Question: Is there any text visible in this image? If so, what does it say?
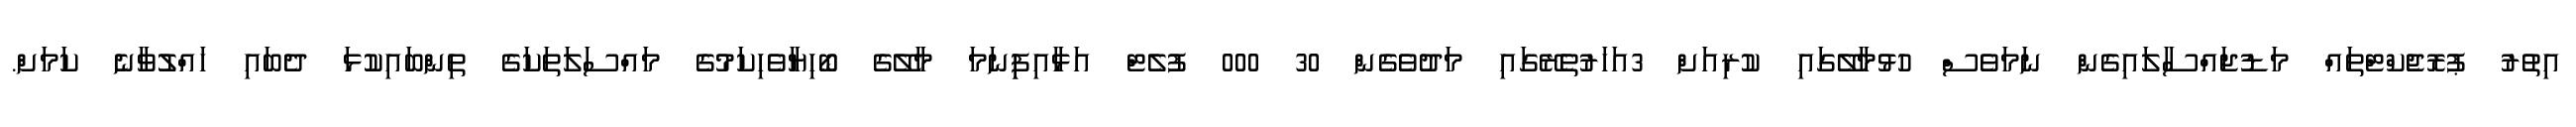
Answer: އިތުރު ޕުރޮޖެކްޓްތައް މަޑުޖައްސާލައިގެން ނަމަވެސް ހުޅުމާލޭގައި ކުރިއަށް 3އަހަރުތެރޭގައި މަދުވެގެން 30 000 ފުލެޓް އަޅާއިފިިނަމަ މާލޭގެ ބޯހިޔާވެހިކަމުގެ މައްސަލަތަކަގެ ތިންބައިކުޅަ ދެބައި ހައްލުވާނެ ކަމަށް.